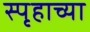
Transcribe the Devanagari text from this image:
स्पृहाच्या